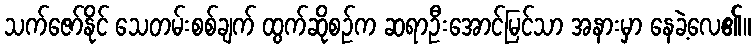
သက်ဇော်နိုင် သေတမ်းစစ်ချက် ထွက်ဆိုစဉ်က ဆရာဦးအောင်မြင်သာ အနားမှာ နေခဲ့လေ၏။